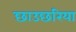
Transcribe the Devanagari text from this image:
छाउछरिया